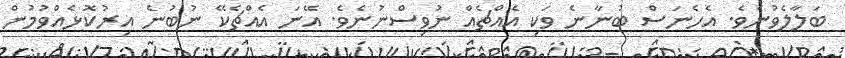
ބަލާލެވުނެވެ. އެހެނަސް ބުނާނެ ވަކި އެއްޗެއް ނުވިސްނުނެވެ. އޭނަ އެއްޗެކޭ ނުބުނެ އިރުކޮޅެއްވުމުން